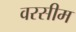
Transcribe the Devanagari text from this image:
वरसीम